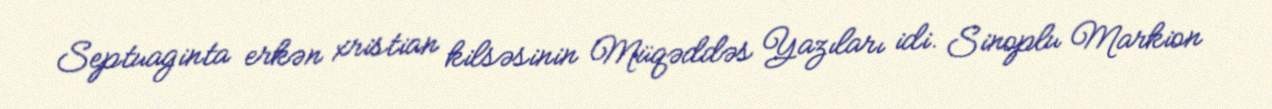
Septuaginta erkən xristian kilsəsinin Müqəddəs Yazıları idi. Sinoplu Markion